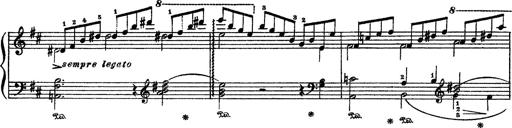
Title: Sarabande und Chaconne aus dem Singspiel
Composer: Franz Liszt